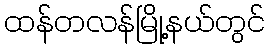
ထန်တလန်မြို့နယ်တွင်